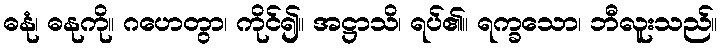
ဓနုံ၊ ဓနုကို။ ဂဟေတွာ၊ ကိုင်၍။ အဋ္ဌာသိ၊ ရပ်၏။ ရက္ခသော၊ ဘီလူးသည်။